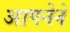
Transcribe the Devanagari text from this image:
आपनेने